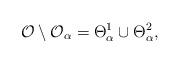
LaTeX: \begin{align*}\mathcal{O}\setminus\mathcal{O}_{\alpha}=\Theta^1_{\alpha}\cup\Theta^2_{\alpha},\end{align*}